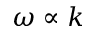
\omega \propto k